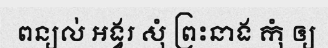
ពន្យល់ អង្វរ សុំ ព្រះនាង កុំ ឲ្យ